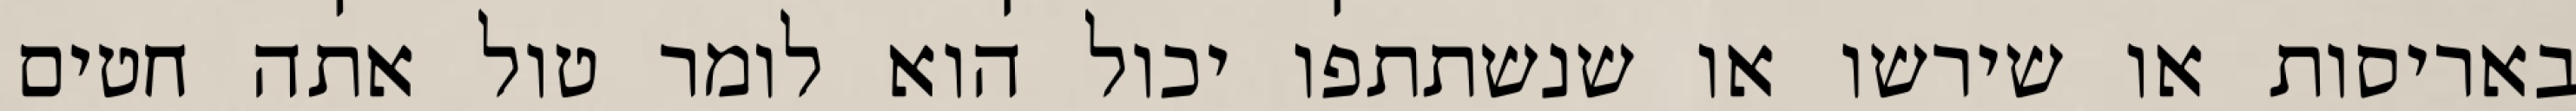
באריסות או שירשו או שנשתתפו יכול הוא לומר טול אתה חטים